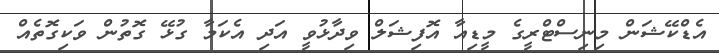
އެޑްކޭޝަން މިނިސްޓްރީގެ މީޑިއާ އޮފިޝަލް ވިދާޅުވީ އަދި އެކަމާ ގުޅޭ ގޮތުން ވަކިގޮތެއް